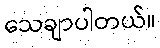
သေချာပါတယ်။